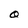
Character: O